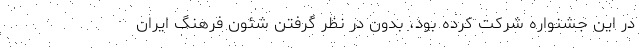
در این جشنواره شرکت کرده بود، بدون در نظر گرفتن شئون فرهنگ ایران